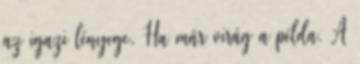
az igazi lényege. Ha már virág a példa. A